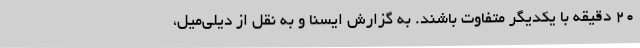
۲۰ دقیقه با یکدیگر متفاوت باشند. به گزارش ایسنا و به نقل از دیلی‌میل،